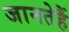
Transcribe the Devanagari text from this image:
जानतेहैं